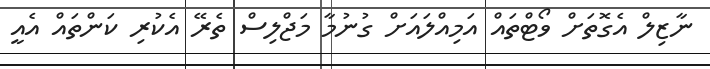
ނާޒިލް އެގޮތަށް ވޯޓްތައް އަމިއްލައަށް ގުނުމާ މަޖްލިސް ތެރޭ އެކުރި ކަންތައް އެއީ